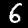
Digit: 6